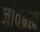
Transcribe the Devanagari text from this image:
जीवब्रह्म